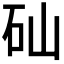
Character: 𥐢